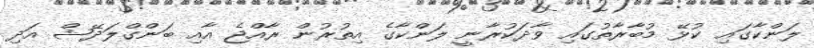
ލަންކާގައި ކުޅޭ މުބާރާތުގައި ވާދަކުރާނީ ލަންކާގެ އިތުރުން ރާއްޖެ އާއި ބަންގްލަދޭޝް އަދި